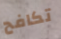
تكافح